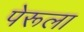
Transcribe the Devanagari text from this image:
पेरूला